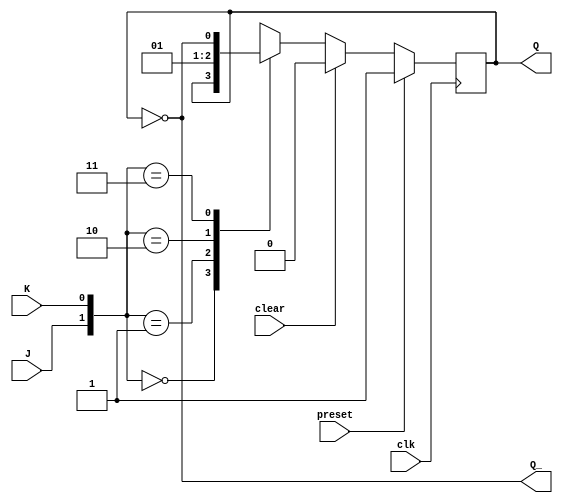
module JK_flip_flop (
  input wire J,
  input wire K,
  input wire clk,
  input wire preset,
  input wire clear,
  output reg Q,
  output reg Q_
);

always @(posedge clk) begin
  if (preset) begin
    Q <= 1'b1;
  end else if (clear) begin
    Q <= 1'b0;
  end else begin
    case ({J, K})
      2'b00: Q <= Q;       // No change
      2'b01: Q <= 1'b0;     // Clear
      2'b10: Q <= 1'b1;     // Preset
      2'b11: Q <= ~Q;      // Toggle
    endcase
  end
end

assign Q_ = ~Q;

endmodule